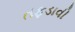
તફડાવી